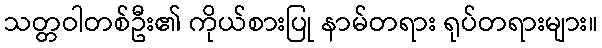
သတ္တဝါတစ်ဦး၏ ကိုယ်စားပြု နာမ်တရား ရုပ်တရားများ။